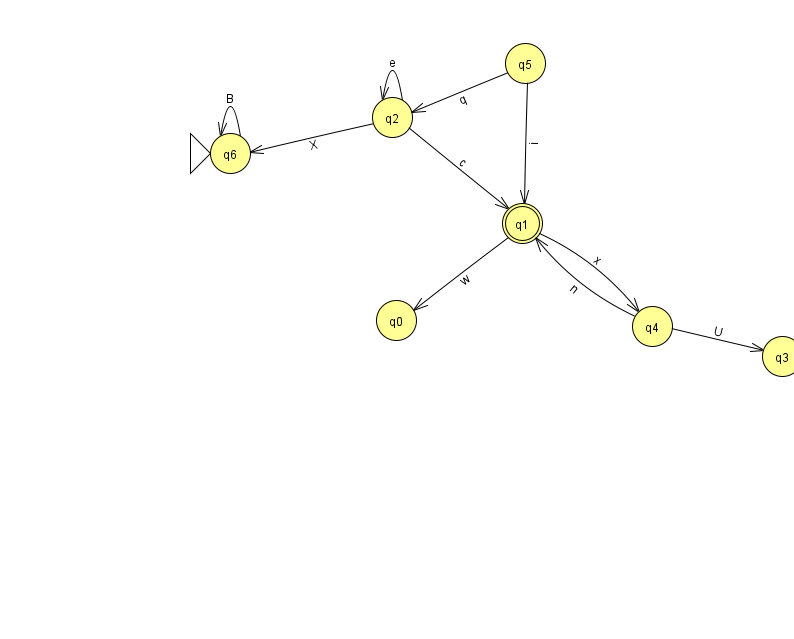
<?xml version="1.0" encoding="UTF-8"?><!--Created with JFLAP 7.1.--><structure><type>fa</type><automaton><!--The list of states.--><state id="0" name="q0"><x>396.0</x><y>307.0</y></state><state id="1" name="q1"><x>522.0</x><y>210.0</y><final/></state><state id="2" name="q2"><x>392.0</x><y>104.0</y></state><state id="3" name="q3"><x>782.0</x><y>343.0</y></state><state id="4" name="q4"><x>652.0</x><y>313.0</y></state><state id="5" name="q5"><x>525.0</x><y>50.0</y></state><state id="6" name="q6"><x>230.0</x><y>140.0</y><initial/></state><!--The list of transitions.--><transition><from>2</from><to>6</to><read>X</read></transition><transition><from>6</from><to>6</to><read>B</read></transition><transition><from>5</from><to>1</to><read>i</read></transition><transition><from>2</from><to>2</to><read>e</read></transition><transition><from>2</from><to>1</to><read>c</read></transition><transition><from>5</from><to>2</to><read>q</read></transition><transition><from>4</from><to>1</to><read>n</read></transition><transition><from>4</from><to>3</to><read>U</read></transition><transition><from>1</from><to>0</to><read>w</read></transition><transition><from>1</from><to>4</to><read>x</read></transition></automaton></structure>